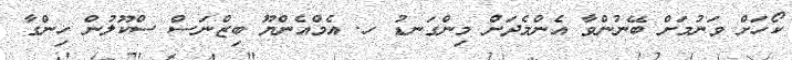
ކޯހަށް ވަނުމަށް ބޭނުންވާ އެންމެދަށް މިންގަނޑު ހ. އެމްއެންޔޫ ބިޒްނަސް ސްކޫލުން ހިންގާ